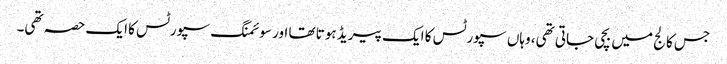
جس کالج میں بچی جاتی تھی، وہاں سپورٹس کا ایک پیریڈ ہوتا تھا اور سوئمنگ سپورٹس کا ایک حصہ تھی۔